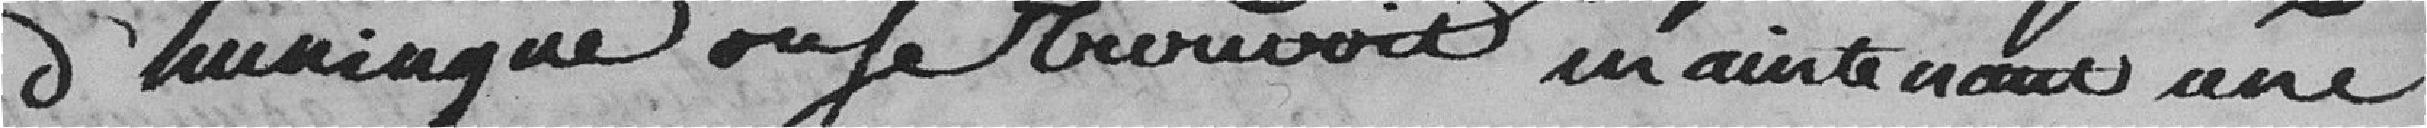
d'Huningue où se trouve maintenant une